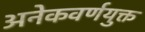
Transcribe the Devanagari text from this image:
अनेकवर्णयुक्त